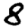
Digit: 8